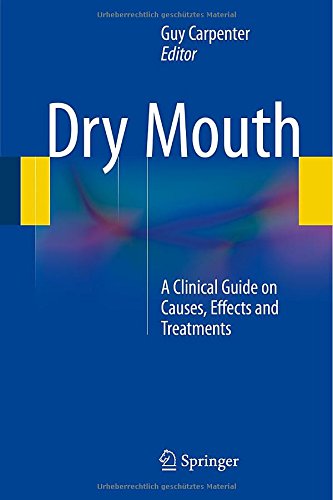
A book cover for Dry Mouth: A Clinical Guide on Causes, Effects and Treatments; Medical Books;